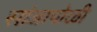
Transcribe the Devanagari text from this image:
सांजापोळी